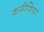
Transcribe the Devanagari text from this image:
कमीशिया